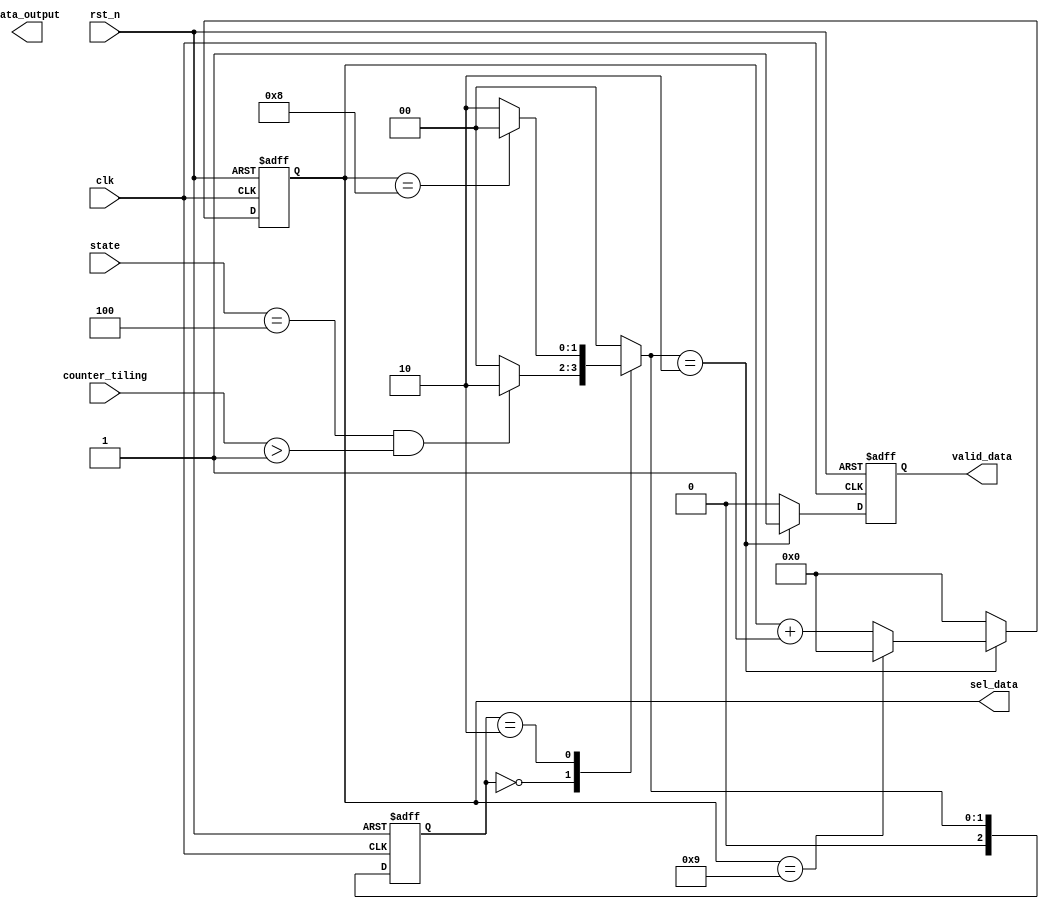
module WRITE_DATA #(parameter DATA_WIDTH = 16, TILING_SIZE = 8) (
		clk
	 ,rst_n
	 ,state
	 ,counter_tiling
	 ,data_output
	 ,valid_data
	 ,sel_data
	);

input clk;
input rst_n;
input [2:0] state;
input [15:0] counter_tiling;
output reg valid_data;
output reg [DATA_WIDTH-1:0] data_output;
output reg [3:0] sel_data;


	reg [2:0] current_state;
	reg [2:0] next_state   ;

	parameter IDLE           = 3'd0;
	parameter WAIT_WRITE     = 3'd1;
	parameter WRITE_DATA     = 3'd2;

  always @(posedge clk or negedge rst_n) begin
  	if(!rst_n) begin
  		current_state <= 0;
  	end
  	else begin
  		current_state <=  next_state;
  	end
  end

	always @(state or current_state or sel_data or counter_tiling) begin
		case(current_state)
			3'd0: begin 
			  if(state == 3'd4 && counter_tiling > 16'd1)
					next_state = WRITE_DATA;
				else
					next_state = IDLE;
				end
	//		3'd1: next_state = WRITE_DATA;
			3'd2: begin
				if(sel_data == TILING_SIZE )
					next_state = IDLE;
				else 
					next_state = WRITE_DATA;
				end
			default: next_state = IDLE;
		endcase
	end

  always @(posedge clk or negedge rst_n) begin
		if(!rst_n) begin
		  valid_data <= 0;
			sel_data   <= 0;
		end
		else begin
			case(next_state)
				IDLE: begin
		  		valid_data <= 0;
					sel_data   <= 0;
				end
		//		WAIT_WRITE: begin
		//  		valid_data <= 1;
		//			sel_data   <= 0;
    //    end
				WRITE_DATA: begin
		  		valid_data <= 1;
					sel_data   <= (sel_data == TILING_SIZE +1) ? 0 : sel_data + 1;
				end
				default: begin 
		  		valid_data <= 0;
					sel_data   <= 0;
				end
			endcase
		end
	end
	endmodule